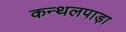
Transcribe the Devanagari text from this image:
कन्थलपाड़ा